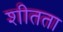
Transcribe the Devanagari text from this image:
शीतता